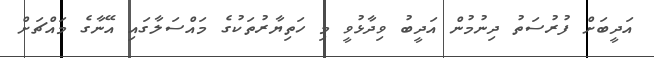
އަދީބަށް ފުރުސަތު ދިނުމުން އަދީބު ވިދާޅުވީ މި ހަތިޔާރުތަކުގެ މައްސަލާގައި އޭނާގެ މައްޗަށް